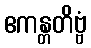
ဧကန္တတိဗ္ဗံ